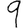
Digit: 9